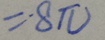
= 8 \pi